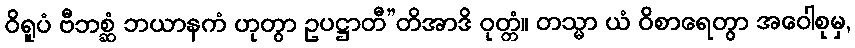
ဝိရူပံ ဗီဘစ္ဆံ ဘယာနကံ ဟုတွာ ဥပဋ္ဌာတီ”တိအာဒိ ဝုတ္တံ။ တသ္မာ ယံ ဝိစာရေတွာ အဝေါစုမှ,